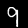
Digit: 9